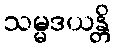
သမ္မဒယန္တိ